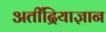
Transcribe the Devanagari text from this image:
अतींद्रियाज्ञान